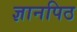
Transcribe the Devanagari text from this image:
ज्ञानपिठ